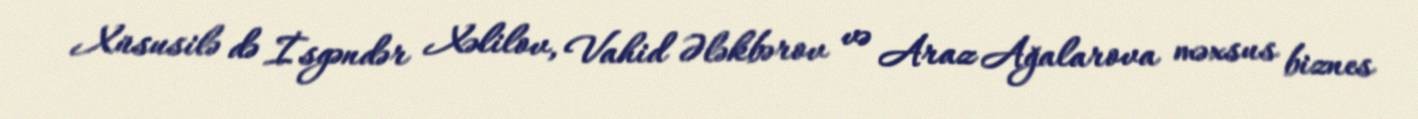
Xüsusilə də İsgəndər Xəlilov, Vahid Ələkbərov və Araz Ağalarova məxsus biznes